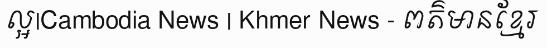
ល្អ|Cambodia News | Khmer News - ពត៌មានខ្មែរ